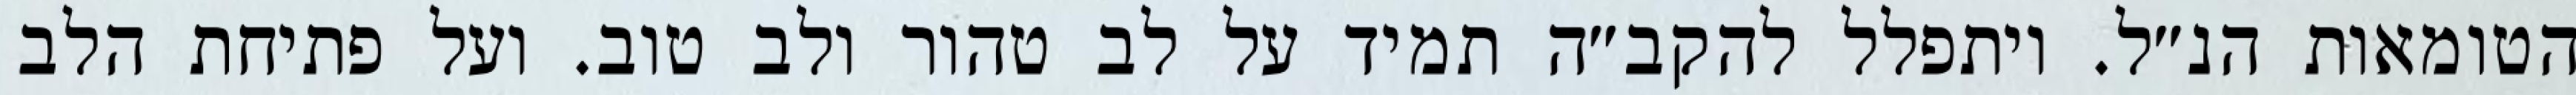
הטומאות הנ״ל. ויתפלל להקב״ה תמיד על לב טהור ולב טוב. ועל פתיחת הלב